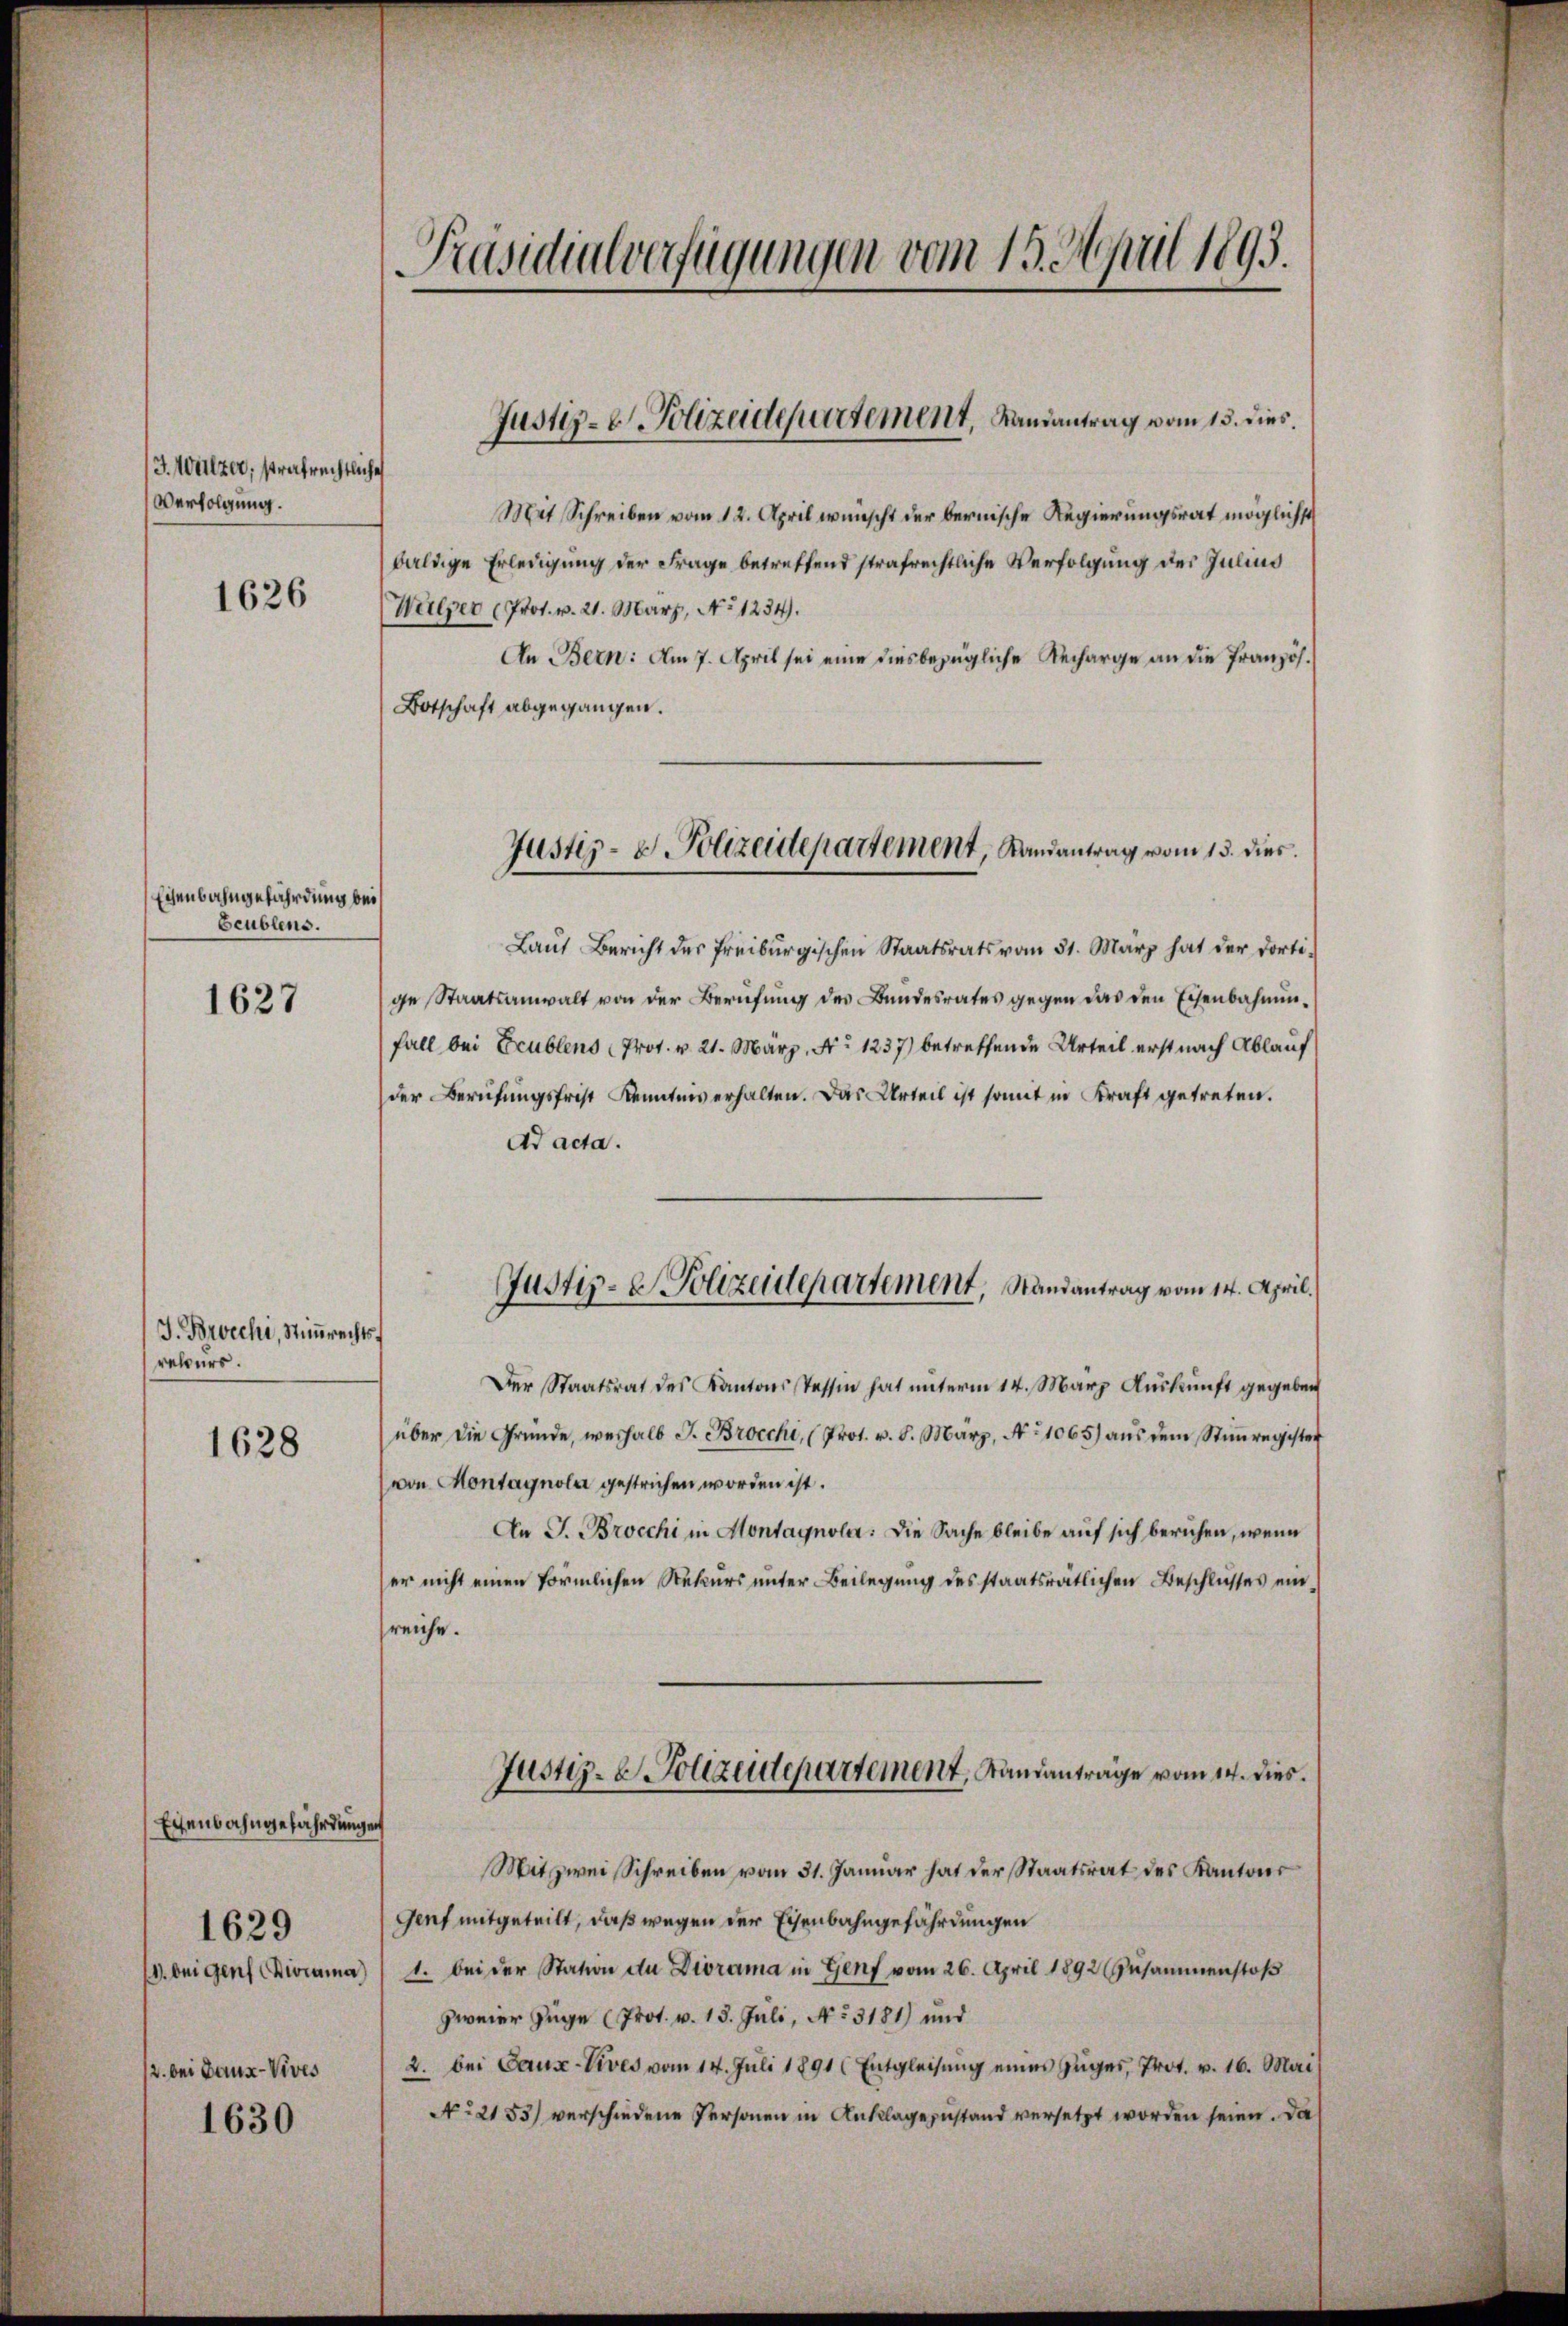
3. Wulzer, strafrechtliche
Verfolgung.

1626

Eisenbahngefährdung bei
beublens.

1627

J. Brocchi, Stimmrechts
rekurs.

1628

Eisenbahngefährdungen
1629
1. beigen Diorama)
2. bei Baux-Vives
1630

Präsidialverfügungen vom 19. April 1893.

Mit Schreiben vom 12. April wünscht der bernische Regierungsrat möglichst
baldige Erledigung der Frage betreffend strafrechtliche Verfolgung der Julius
Wulper Prot. v. 21. März, No 1234).
An Bern: Am 7. April sei eine diesbezügliche Recharge an die Französ.
Botschaft abgegangen.
Laŭt Bericht des Freiburgischen Staatsrats vom 31. März hat der dorti-
ge Staatsanwalt von der Berufung des Bundesrates gegen das den Eisenbahnunfall bei Feublens (Prot. v. 21. März, No 1237) betreffende Urteil erst nach Ablauf
der Berufungsfrist Kenntnis erhalten. Das Urteil ist somit in Kraft getreten.
Ad acta.
Der Staatsrat des Kantons Tessin hat ŭnterm 14. März Aŭskŭnft gegeben
über die Gründe, weshalb J. Brocchi, (Prot. v. 8. März, No 1065) aus dem Stiṁregister
von Montagnola gestrichen worden ist.
An J. Brocchi in Montagnola: Die Sache bleibe auf sich beruhen, wenn
er nicht einen förmlichen Rekurs unter Beilegung des staatsrätlichen Beschlusses einsreiche.
Justiz- & Polizeidepartement, Standanträge vom 14. dies
Mitzwei Schreiben vom 31. Januar hat der Staatsrat des Kantons
Genf mitgeteilt, daß wegen der Eisenbahngefährdungen
1. bei der Station du Diorama in Genf vom 26. April 1892 Zusammenstoß
zweier Zuge (Prot. v. 13. Juli, No 3181) und
2. bei Pause-Vives vom 14. Juli 1891 Entgleisung eines Zuges, Prot. v. 16. Mai
No 2153) verschiedene Personen in Anklagezustand versetzt worden seien. Da

Justiz-C. Polizeidepartement, Landantrag vom 13. dies

Justiz- & Polizeidepartement, Randantrag vom 13. dies

Justiz- & Polizeidepartement, Randantrag vom 14. April.